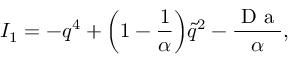
I _ { 1 } = - q ^ { 4 } + \mathopen { } \mathclose \bgroup \mathopen { } \mathclose \bgroup \mathopen { } \mathclose \bgroup \mathopen { } \mathclose \bgroup \mathopen { } \mathclose \bgroup \mathopen { } \mathclose \bgroup \mathopen { } \mathclose \bgroup \mathopen { } \mathclose \bgroup \mathopen { } \mathclose \bgroup \mathopen { } \mathclose \bgroup \left( 1 - \frac { 1 } { \alpha } \aftergroup \egroup \aftergroup \egroup \aftergroup \egroup \aftergroup \egroup \aftergroup \egroup \aftergroup \egroup \aftergroup \egroup \aftergroup \egroup \aftergroup \egroup \aftergroup \egroup \right) \tilde { q } ^ { 2 } - \frac { \mathrm { ~ D ~ a ~ } } { \alpha } ,